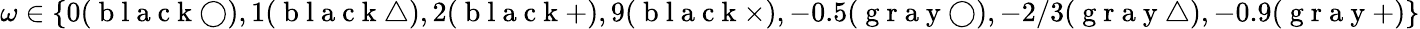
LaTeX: \omega\in\{ 0(\mathrm{~b~l~a~c~k~}\bigcirc),1(\mathrm{~b~l~a~c~k~}\bigtriangleup),2(\mathrm{~b~l~a~c~k~}+),9(\mathrm{~b~l~a~c~k~}\times),-0.5(\mathrm{~g~r~a~y~}\bigcirc),-2/3(\mathrm{~g~r~a~y~}\bigtriangleup),-0.9(\mathrm{~g~r~a~y~}+)\}